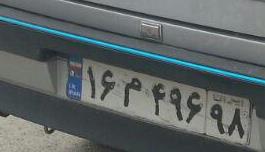
۱۶م۴۹۶۹۸